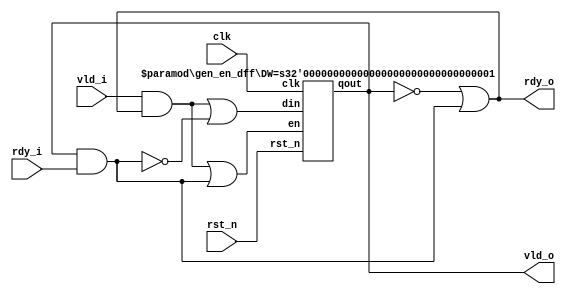
 /*                                                                      
 Copyright 2020 Blue Liang, liangkangnan@163.com
                                                                         
 Licensed under the Apache License, Version 2.0 (the "License");         
 you may not use this file except in compliance with the License.        
 You may obtain a copy of the License at                                 
                                                                         
     http://www.apache.org/licenses/LICENSE-2.0                          
                                                                         
 Unless required by applicable law or agreed to in writing, software    
 distributed under the License is distributed on an "AS IS" BASIS,       
 WITHOUT WARRANTIES OR CONDITIONS OF ANY KIND, either express or implied.
 See the License for the specific language governing permissions and     
 limitations under the License.                                          
 */


module vld_rdy #(
    parameter CUT_READY = 0)(

    input wire clk,
    input wire rst_n,

    input wire vld_i,
    output wire rdy_o,
    input wire rdy_i,
    output wire vld_o

    );

    wire vld_set;
    wire vld_clr;
    wire vld_ena;
    wire vld_r;
    wire vld_nxt;

    // The valid will be set when input handshaked
    assign vld_set = vld_i & rdy_o;
    // The valid will be clr when output handshaked
    assign vld_clr = vld_o & rdy_i;

    assign vld_ena = vld_set | vld_clr;
    assign vld_nxt = vld_set | (~vld_clr);

    gen_en_dff #(1) vld_dff(clk, rst_n, vld_ena, vld_nxt, vld_r);

    assign vld_o = vld_r;

    if (CUT_READY == 1) begin
        // If cut ready, then only accept when stage is not full
        assign rdy_o = (~vld_r);
    end else begin
        // If not cut ready, then can accept when stage is not full or it is popping 
        assign rdy_o = (~vld_r) | vld_clr;
    end

endmodule

module gen_en_dff #(
    parameter DW = 32)(

    input wire clk,
    input wire rst_n,

    input wire en,
    input wire[DW-1:0] din,
    output wire[DW-1:0] qout

    );

    reg[DW-1:0] qout_r;

    always @ (posedge clk or negedge rst_n) begin
        if (!rst_n) begin
            qout_r <= {DW{1'b0}};
        end else if (en == 1'b1) begin
            qout_r <= din;
        end
    end

    assign qout = qout_r;

endmodule